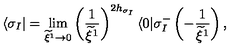
\langle \sigma _ { I } | = \lim _ { \widetilde { \xi } ^ { 1 } \rightarrow 0 } \left( \frac { 1 } { \widetilde { \xi } ^ { 1 } } \right) ^ { 2 h _ { \sigma _ { I } } } \langle 0 | \sigma _ { I } ^ { - } \left( - \frac { 1 } { \widetilde { \xi } ^ { 1 } } \right) ,